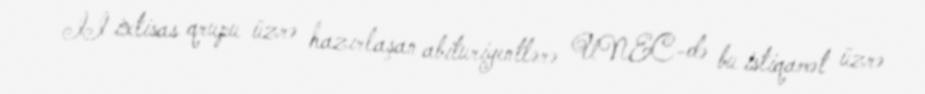
II ixtisas qrupu üzrə hazırlaşan abituriyentlərə UNEC-də bu istiqamət üzrə